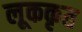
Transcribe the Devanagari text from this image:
लूककृत